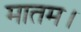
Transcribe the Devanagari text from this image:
मातम।